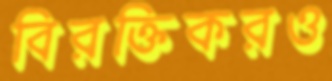
বিরক্তিকরও